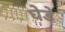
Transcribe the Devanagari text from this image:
घेडे